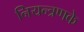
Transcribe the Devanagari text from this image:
नियन्त्रणके